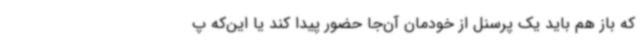
که باز هم باید یک پرسنل از خودمان آن‌جا حضور پیدا کند یا این‌که پ